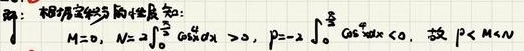
解：根据定积分的性质知：\(M = 0\)，\(N = 2\int_{0}^{\frac{\pi}{2}}\cos^{2}x dx>0\)，\(P=-2\int_{0}^{\frac{\pi}{2}}\cos^{2}x dx<0\)，故\(P < M < N\)。